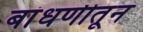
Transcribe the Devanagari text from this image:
बांधणीतून